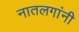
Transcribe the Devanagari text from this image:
नातलगांनी